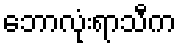
ဘောလုံးရာသီက